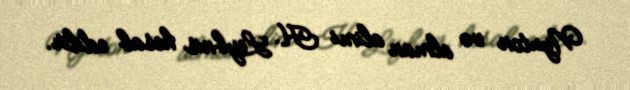
Nyuton və alman alimi H. Leybnis hesab edilir.